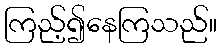
ကြည့်၍နေကြသည်။